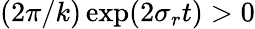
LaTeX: ({2\pi}/{k})\exp({2\sigma_{r}t})>0